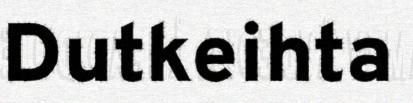
Dutkeihta